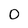
Character: O